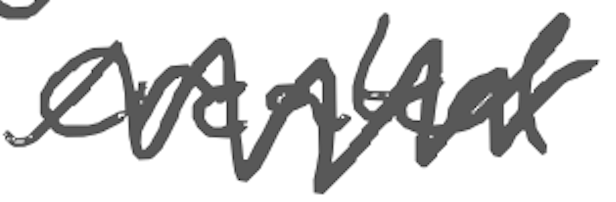
Text: created
Cross-out: zig-zag
Writing tool: digital_gray